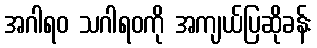
အဂါရဝ သဂါရဝကို အကျယ်ပြဆိုခန်း